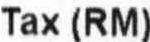
TAX (RM)